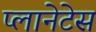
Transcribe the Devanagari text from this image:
प्लानेटेस